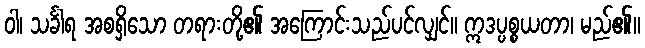
ဝါ၊ သင်္ခါရ အစရှိသော တရားတို့၏ အကြောင်းသည်ပင်လျှင်။ ဣဒပ္ပစ္စယတာ၊ မည်၏။